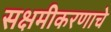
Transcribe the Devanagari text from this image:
सक्षमीकरणाचे